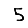
Digit: 5